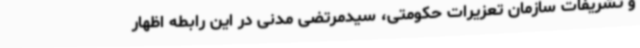
و تشریفات سازمان تعزیرات حکومتی، سیدمرتضی مدنی در این رابطه اظهار